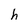
Character: h